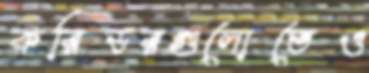
করিডরগুলোতেও